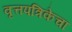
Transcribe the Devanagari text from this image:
वृत्तपत्रिकेचा